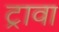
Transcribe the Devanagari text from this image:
ट्रावा